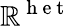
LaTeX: \mathbb{R}^{\mathrm{{~h~e~t~}}}